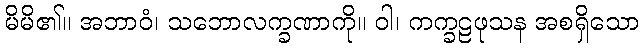
မိမိ၏။ အဘာဝံ၊ သဘောလက္ခဏာကို။ ဝါ၊ ကက္ခဠဖုသန အစရှိသော